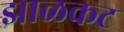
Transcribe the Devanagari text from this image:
झाळकट